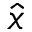
\hat { x }